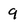
Character: 9